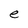
Character: e